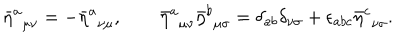
LaTeX: { \bar { \eta } ^ { a } } _ { \mu \nu } = - { \bar { \eta } ^ { a } } _ { \nu \mu } , \qquad { \bar { \eta } ^ { a } } _ { \mu \nu } { \bar { \eta } ^ { b } } _ { \mu \sigma } = { \delta } _ { a b } { \delta } _ { \nu \sigma } + { \epsilon } _ { a b c } { \bar { \eta } ^ { c } } _ { \nu \sigma } .